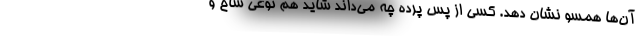
آن‌ها همسو نشان دهد. کسی از پس پرده چه می‌داند شاید هم نوعی شاخ و